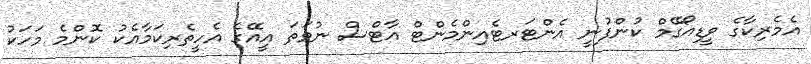
އެމެރިކާގެ ވީޑިއޯގޭމް ކުންފުނީ އެންޓަރޓެއިންމެންޓް އާޓްސް ނުވަތަ އީއޭގެ އެހީތެރިކަމާއެކު ކޮންމެ މަހަކު